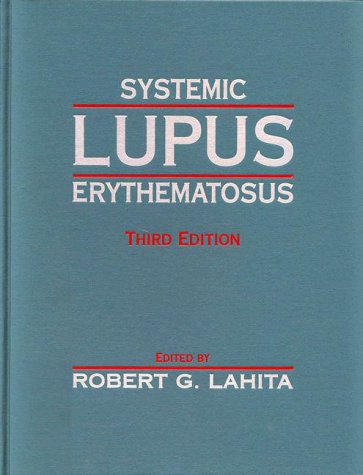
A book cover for Systemic Lupus Erythematosus, Third Edition; Health, Fitness & Dieting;